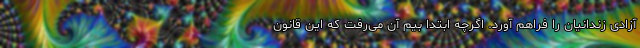
آزادی زندانیان را فراهم آورد. اگرچه ابتدا بیم آن می‌رفت که این قانون